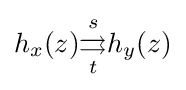
h_{x}(z){\overset {s}{\underset {t}{\rightrightarrows }}}h_{y}(z)